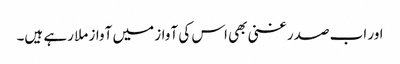
اور اب صدر غنی بھی اس کی آواز میں آواز ملا رہے ہیں۔